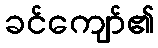
ခင်ကျော်၏